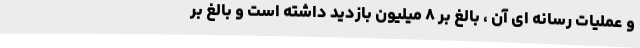
و عملیات رسانه ای آن ، بالغ بر ۸ میلیون بازدید داشته است و بالغ بر